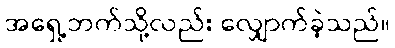
အရှေ့ဘက်သို့လည်း လျှောက်ခဲ့သည်။